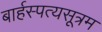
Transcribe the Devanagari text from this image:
बार्हस्पत्यसूत्रम